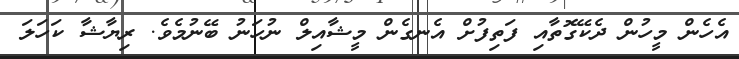
އެހެން މީހުން ދެކޭގޮތާއި ފަތިފުށް އެނގެން މީޝާއިލް ނުހަނު ބޭނުމެވެ. ރިޔާޝާ ކަހަލަ